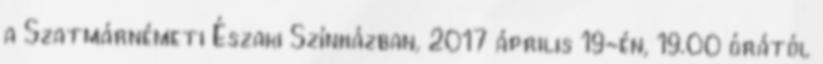
a Szatmárnémeti Északi Színházban, 2017 április 19-én, 19.00 órától